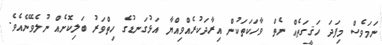
ނަމަވެސް މިފަދަ ހަޤީގަތެއް ނެތް ވާހަކަތަކުން އިރާދަކުރެއްވިއްޔާ އަޅުގަނޑުގެ ހިތްވަރު ބަލިކޮށެއް ނުލެވޭނެއެވެ.